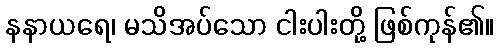
နနာယရေ၊ မသိအပ်သော ငါးပါးတို့ ဖြစ်ကုန်၏။